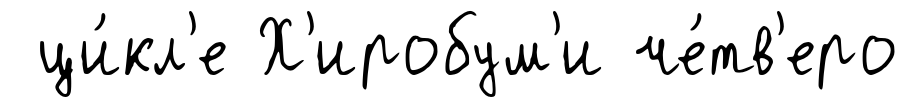
ци́кл'е Х'иробум'и че́тв'еро